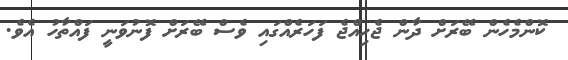
ކޮންމެހެން ބޭރަށް ދާން ޖެހިއްޖެ ފަހަރެއްގައި ވެސް ބޭރަށް ފޮނުވަނީ ފައްތާހު އެވެ.